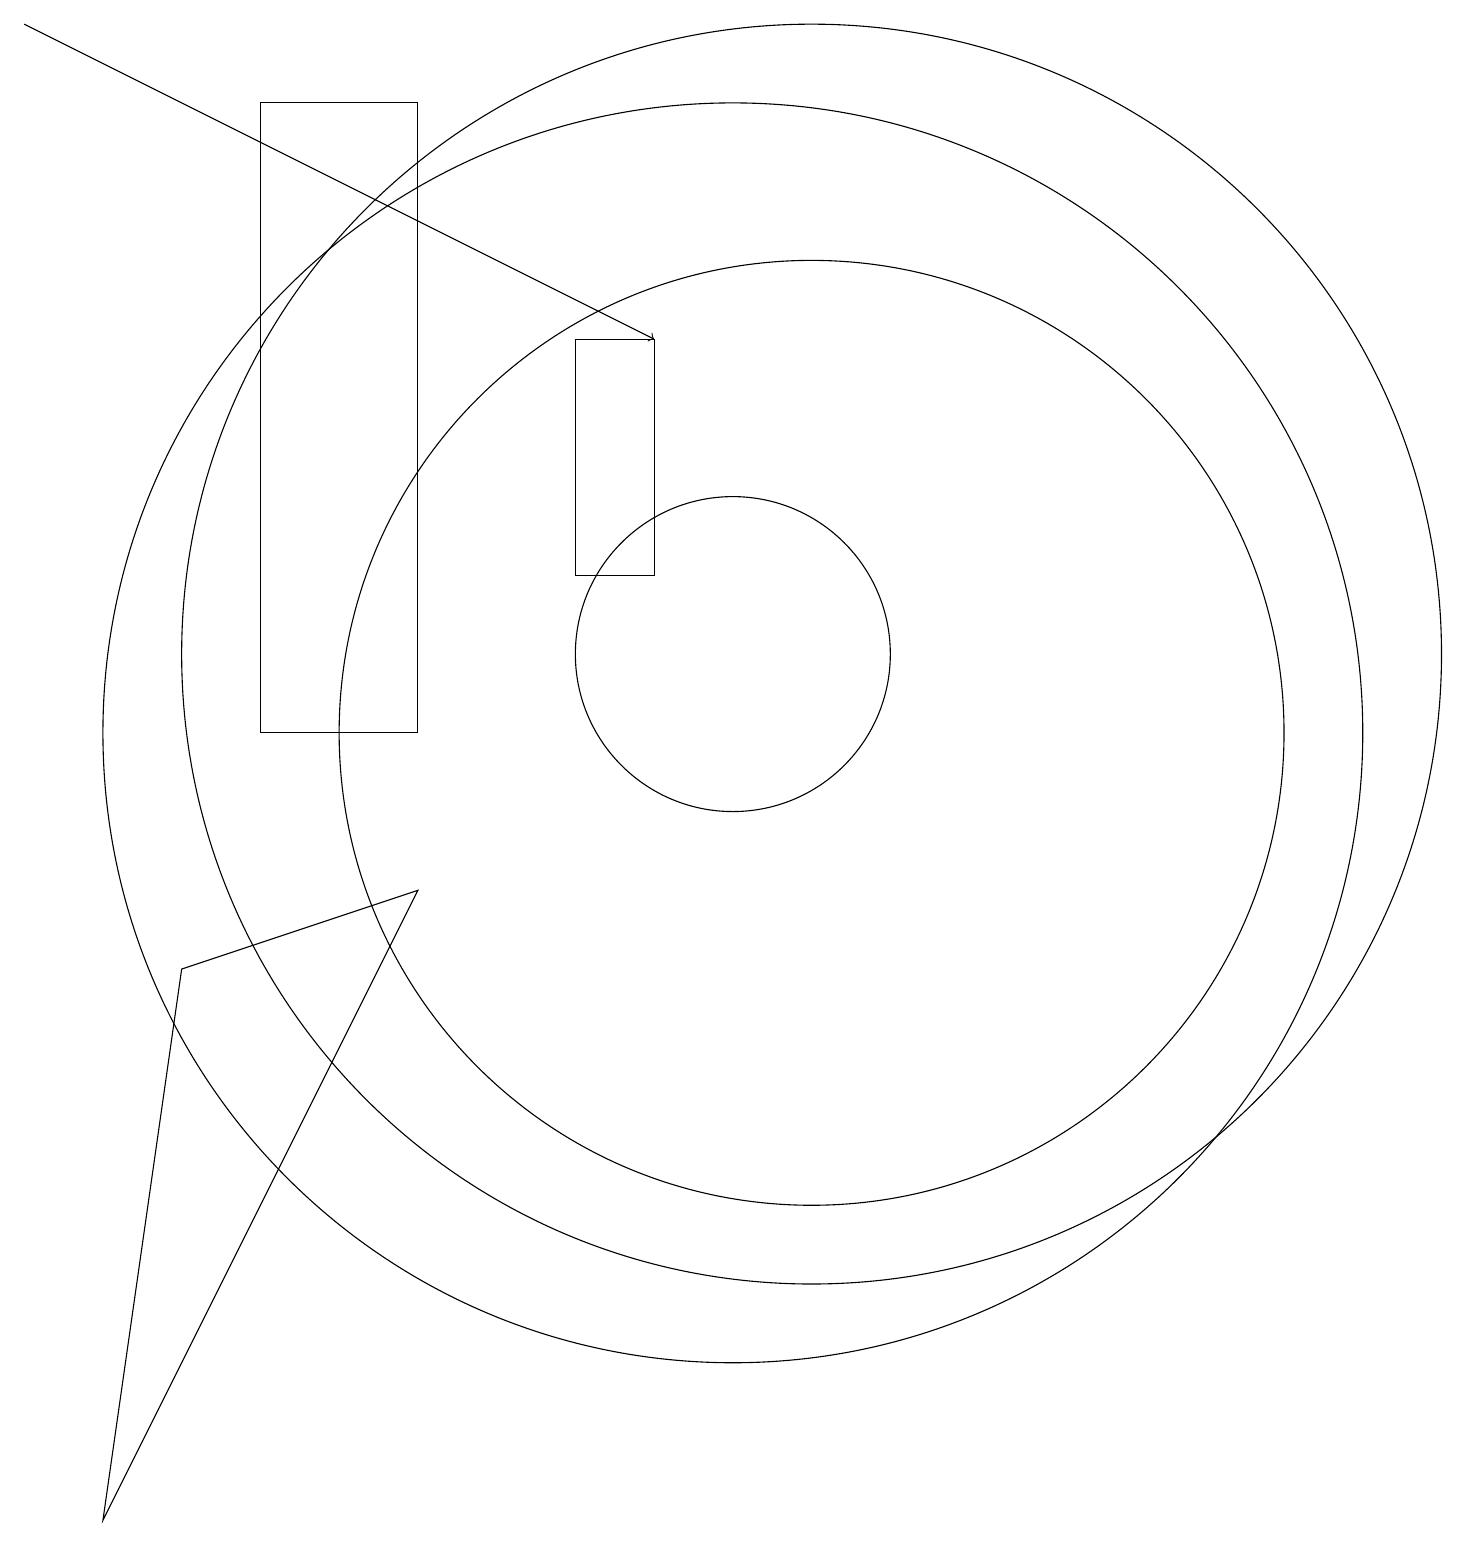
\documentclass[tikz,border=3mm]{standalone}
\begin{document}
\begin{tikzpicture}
\draw (2,0) -- (6,8) -- (3,7) -- cycle;
\draw (11,11) circle (8);
\draw (9,12) rectangle (8,15);
\draw (6,10) rectangle (4,18);
\draw (10,10) circle (8);
\draw (10,11) circle (2);
\draw[->] (1,19) -- (9,15);
\draw (11,10) circle (6);
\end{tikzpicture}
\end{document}